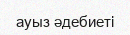
ауыз әдебиеті